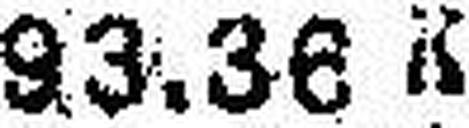
93.36 K